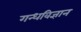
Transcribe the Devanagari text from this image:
गन्धविज्ञान